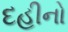
દહીનો